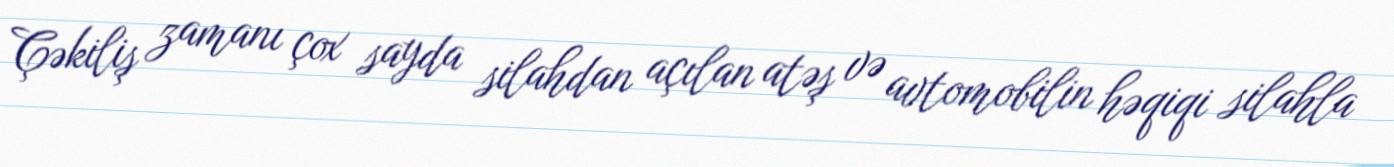
Çəkiliş zamanı çox sayda silahdan açılan atəş və avtomobilin həqiqi silahla